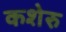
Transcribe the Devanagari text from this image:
कशेरु